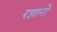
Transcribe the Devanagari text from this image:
रझानो